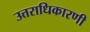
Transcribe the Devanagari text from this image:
उत्तराधिकारणी